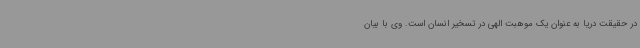
در حقیقت دریا به عنوان یک موهبت الهی در تسخیر انسان است. وی با بیان